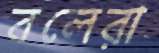
বলেরা